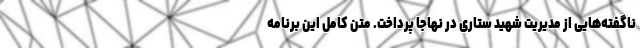
ناگفته‌هایی از مدیریت شهید ستاری در نهاجا پرداخت. متن کامل این برنامه